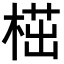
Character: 𣖠